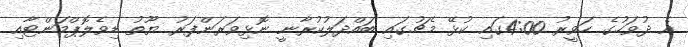
އެ ދުވަހުގެ ހަވީރު 4:00ގައި ކުޅޭ މެޗުގައި ބައްދަލުކުރާނީ ނޮޅިވަރަންފަރު ޔޫތު ޑިވެލޮޕްމަންޓާއި